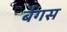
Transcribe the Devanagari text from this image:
बैगस